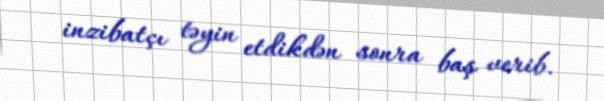
inzibatçı təyin etdikdən sonra baş verib.